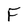
Character: F